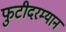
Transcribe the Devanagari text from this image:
फुटीदरम्यान